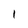
Character: 1